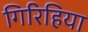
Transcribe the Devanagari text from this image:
गिरिहिया